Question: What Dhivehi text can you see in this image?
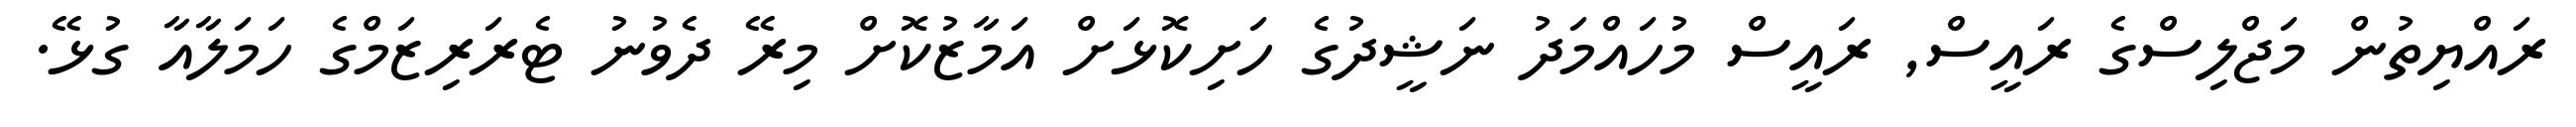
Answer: ރައްޔިތުން މަޖްލިސްގެ ރައީސް, ރައީސް މުހައްމަދު ނަޝީދުގެ ހަށިކޮޅަށް އަމާޒުކޮށް މިރޭ ދެވުނު ޓެރަރިޒަމްގެ ހަމަލާއާ ގުޅޭ.